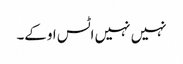
نہیں نہیں اٹس اوکے۔